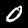
Label: 0